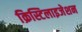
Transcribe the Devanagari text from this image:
क्रिस्टिलाइजेशन